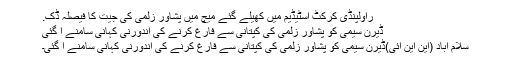
راولپنڈی کرکٹ اسٹیڈیم میں کھیلے گئے میچ میں پشاور زلمی کی جیت کا فیصلہ ڈک.
ڈیرن سیمی کو پشاور زلمی کی کپتانی سے فارغ کرنے کی اندورنی کہانی سامنے آ گئی
سلام آباد (این این آئی)ڈیرن سیمی کو پشاور زلمی کی کپتانی سے فارغ کرنے کی اندورنی کہانی سامنے آ گئی۔